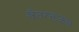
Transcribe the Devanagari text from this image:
श्वेतरक्तकण